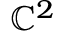
\mathbb { C } ^ { 2 }